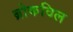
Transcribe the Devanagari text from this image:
ब्रोकविल